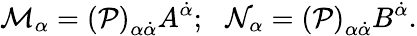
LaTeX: {\cal M}_{\alpha}=\left({\cal P}\right)_{\alpha\dot{\alpha}}A^{\dot{\alpha}};\, \, \, \, {\cal N}_{\alpha}=\left({\cal P}\right)_{\alpha\dot{\alpha}}B^{\dot{\alpha}}.